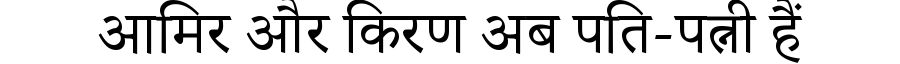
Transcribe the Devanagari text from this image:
आमिर और किरण अब पति-पत्नी हैं